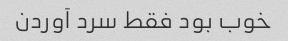
خوب بود فقط سرد آوردن